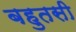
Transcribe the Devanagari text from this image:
बहुतसी